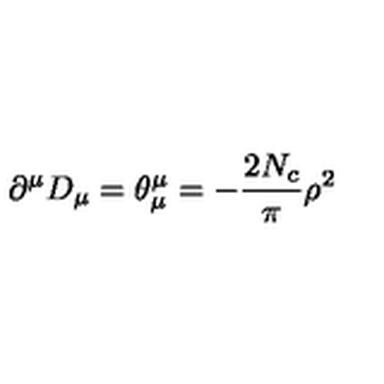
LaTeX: \partial ^ { \mu } D _ { \mu } = \theta _ { \mu } ^ { \mu } = - \frac { 2 N _ { c } } { \pi } \rho ^ { 2 }